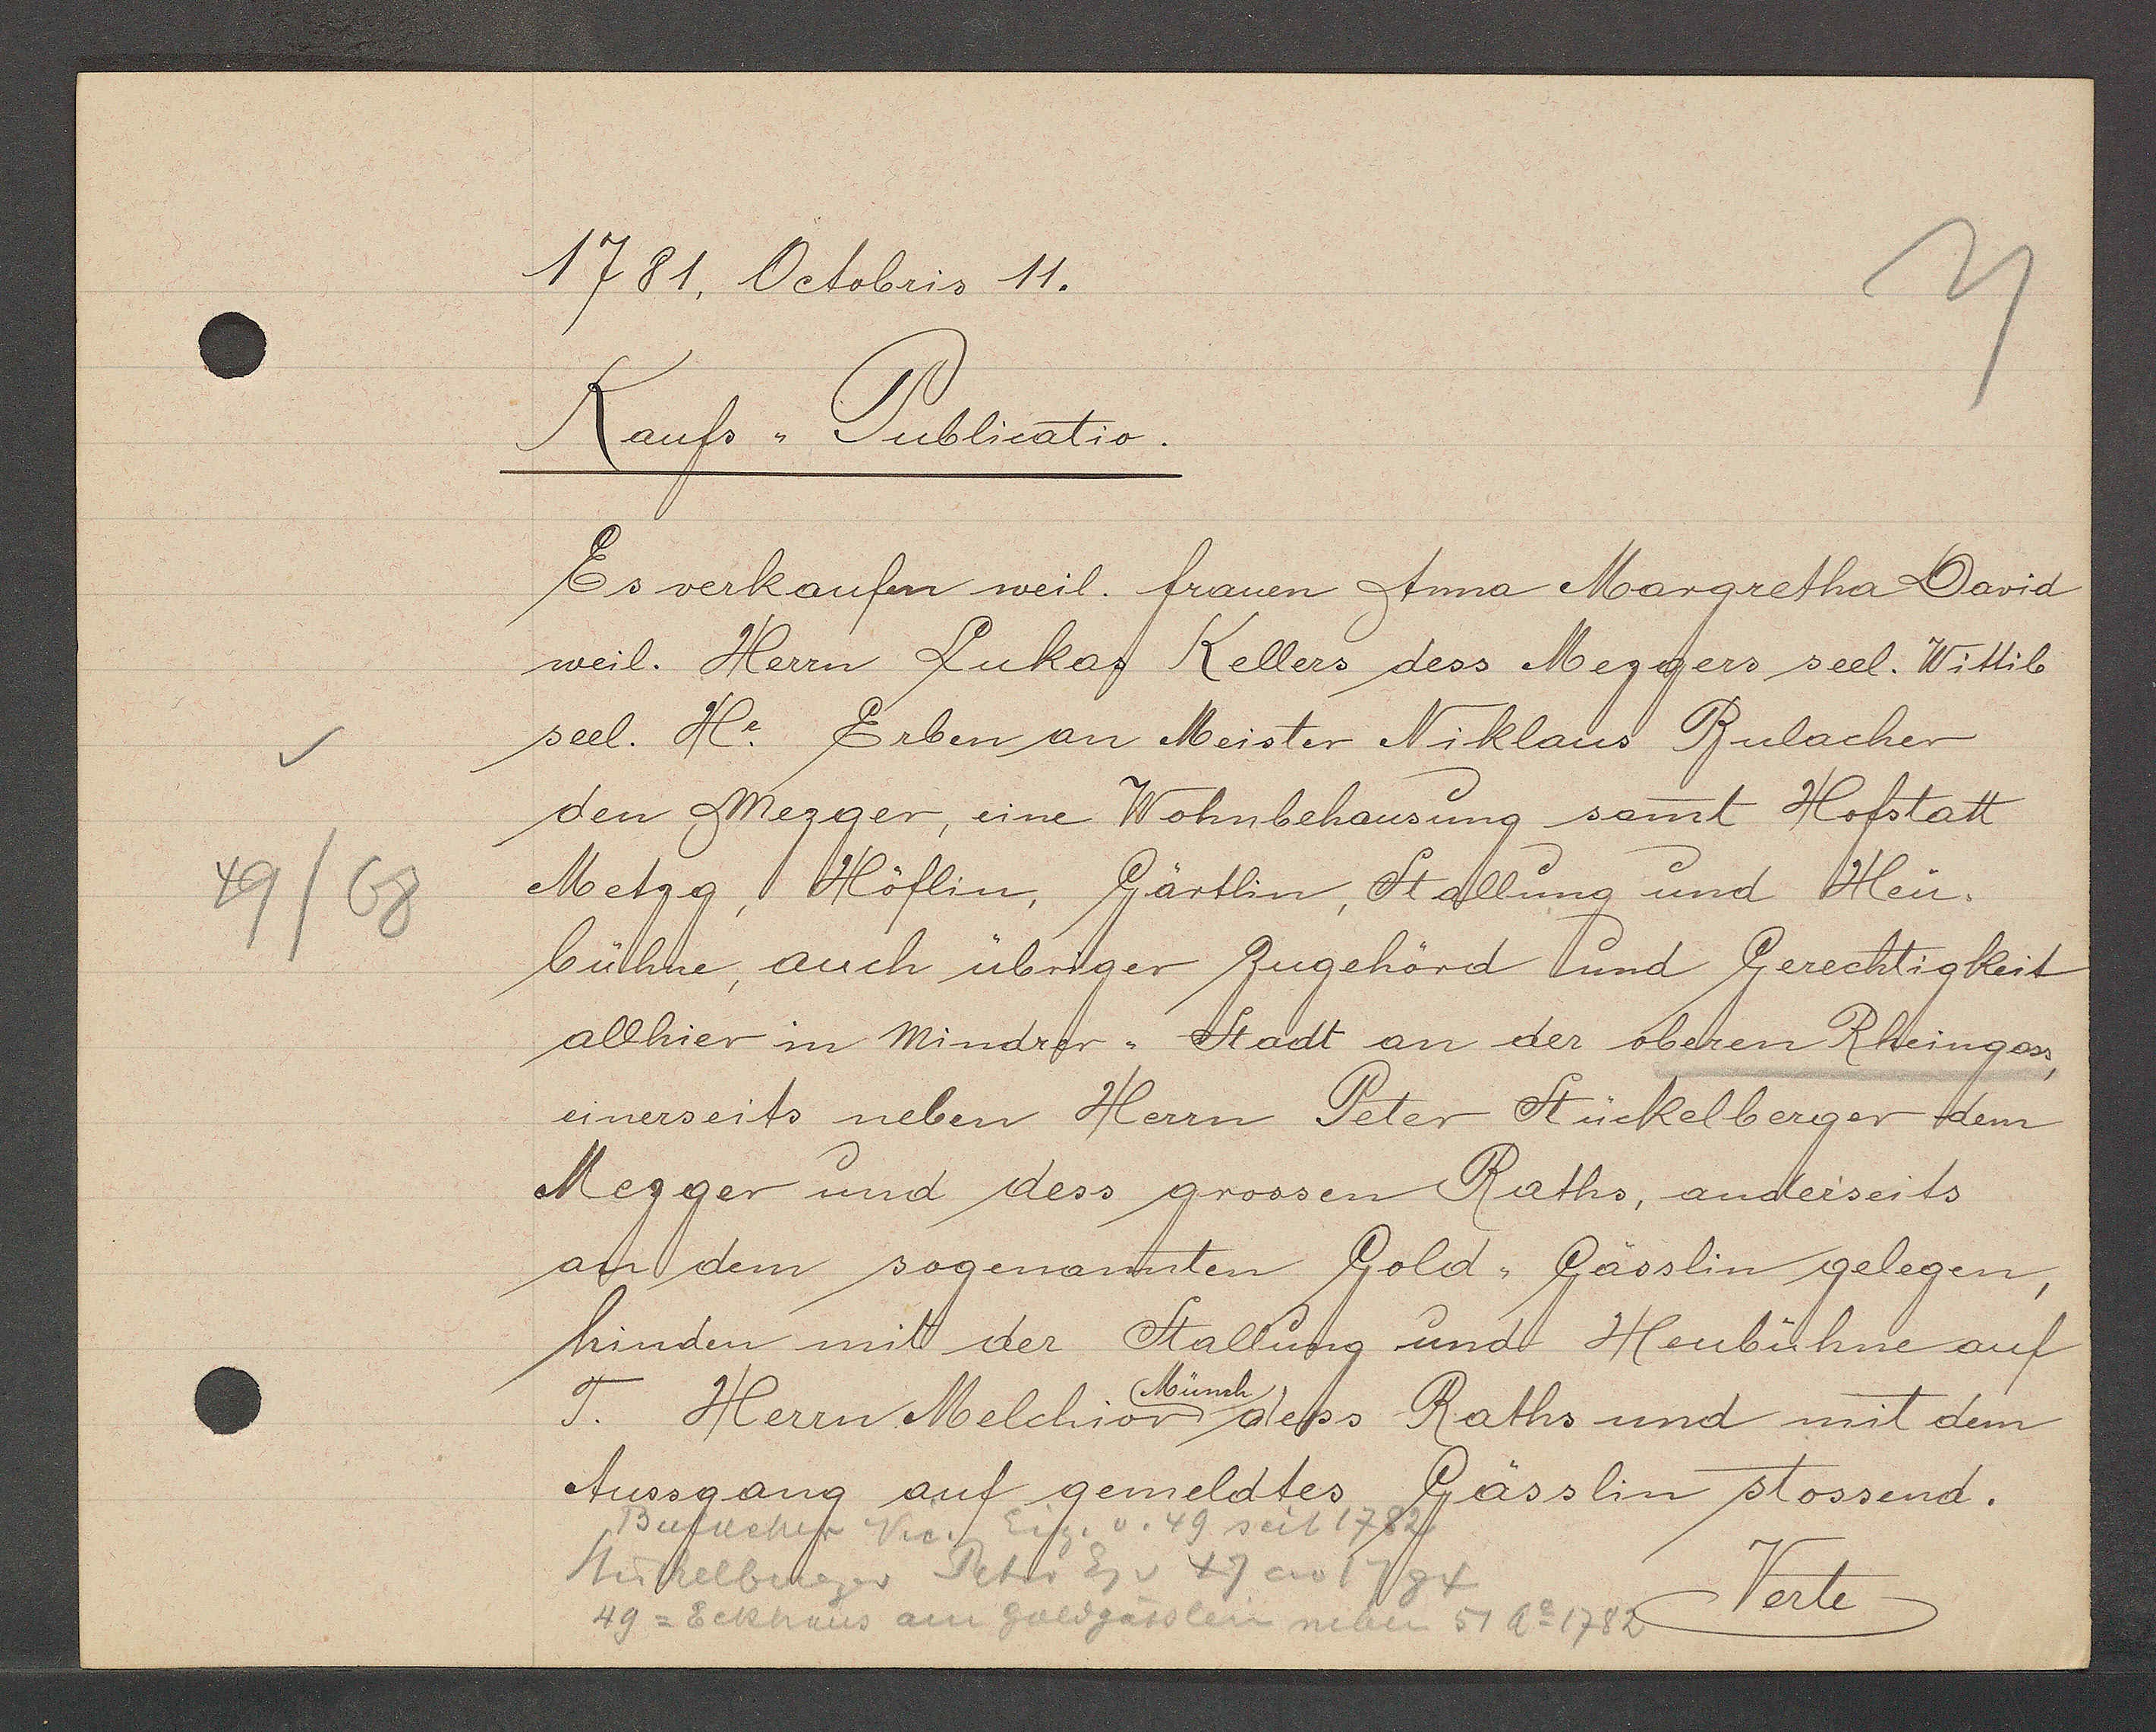
Transcript:
49/68

1781. Octobris 11.

Kaufs,, Publicatio.
Es verkaufen weil. frauen Anna Margretha David
weil. Herrn Lukas Kellers dess Mezgers seel. Wittib
seel. He. Erben an Meister Niklaus Bulacher
den Mezger, eine Wohnbehausung samt Hofstatt
Metzg, Höflin, Gärtlin, Stallung und Heu¬
bühne, auch übriger Zugehörd und Gerechtigkeit
allhier im mindrer,, Stadt an der oberen Rheingass,
einerseits neben Herrn Peter Stückelberger dem
Mezger und dess grossen Raths, anderseits
an dem sogenannten Gold,, Gässlin gelegen,
hinden mit der Stallung und Heubühne auf
Münch
T. Herrn Melchior dess Raths und mit dem
Aussgang auf gemeldtes Gässlin stossend.

Verte

Bulacher Nic. Eig. v. 49 seit 1782
Peter Eg v 49 ao 1784
Stuckelberger
49 = Eckhaus am Goldgässlein neben 51 Ao 1782